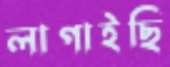
লাগাইছি